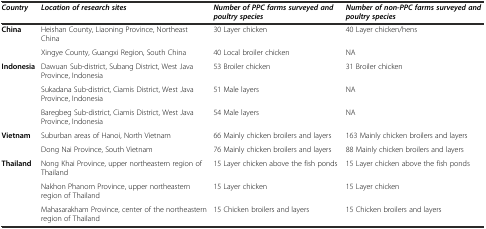
| Country | Location of research sites | Number of PPC farms surveyed and poultry species | Number of non-PPC farms surveyed and poultry species |
 | --- | --- | --- | --- |
 | <ROWSPAN=2> China | Heishan County, Liaoning Province, Northeast China | 30 Layer chicken | 40 Layer chicken/hens |
 | Xingye County, Guangxi Region, South China | 40 Local broiler chicken | NA |
 | <ROWSPAN=3> Indonesia | Dawuan Sub-district, Subang District, West Java Province, Indonesia | 53 Broiler chicken | 31 Broiler chicken |
 | Sukadana Sub-district, Ciamis District, West Java Province, Indonesia | 51 Male layers | NA |
 | Baregbeg Sub-district, Ciamis District, West Java Province, Indonesia | 54 Male layers | NA |
 | <ROWSPAN=2> Vietnam | Suburban areas of Hanoi, North Vietnam | 66 Mainly chicken broilers and layers | 163 Mainly chicken broilers and layers |
 | Dong Nai Province, South Vietnam | 76 Mainly chicken broilers and layers | 88 Mainly chicken broilers and layers |
 | Thailand | Nong Khai Province, upper northeastern region of Thailand | 15 Layer chicken above the fish ponds | 15 Layer chicken above the fish ponds |
 |  | Nakhon Phanom Province, upper northeastern region of Thailand | 15 Layer chicken | 15 Layer chicken |
 |  | Mahasarakham Province, center of the northeastern region of Thailand | 15 Chicken broilers and layers | 15 Chicken broilers and layers |